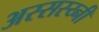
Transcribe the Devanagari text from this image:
अस्सस्य्नी